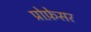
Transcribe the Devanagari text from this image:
प्रोफे़सर